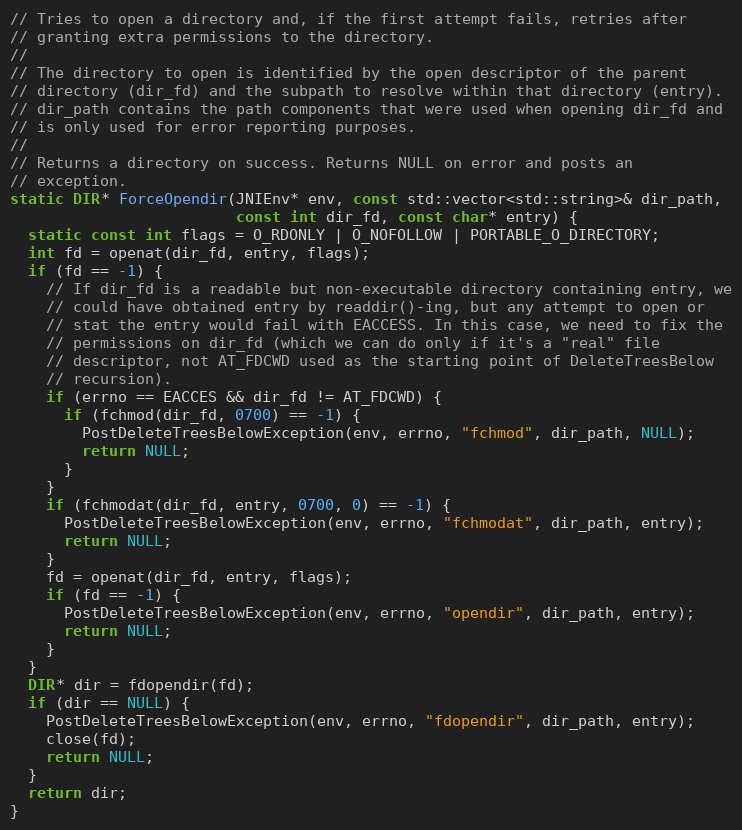
Language: C++
// Tries to open a directory and, if the first attempt fails, retries after
// granting extra permissions to the directory.
//
// The directory to open is identified by the open descriptor of the parent
// directory (dir_fd) and the subpath to resolve within that directory (entry).
// dir_path contains the path components that were used when opening dir_fd and
// is only used for error reporting purposes.
//
// Returns a directory on success. Returns NULL on error and posts an
// exception.
static DIR* ForceOpendir(JNIEnv* env, const std::vector<std::string>& dir_path,
                         const int dir_fd, const char* entry) {
  static const int flags = O_RDONLY | O_NOFOLLOW | PORTABLE_O_DIRECTORY;
  int fd = openat(dir_fd, entry, flags);
  if (fd == -1) {
    // If dir_fd is a readable but non-executable directory containing entry, we
    // could have obtained entry by readdir()-ing, but any attempt to open or
    // stat the entry would fail with EACCESS. In this case, we need to fix the
    // permissions on dir_fd (which we can do only if it's a "real" file
    // descriptor, not AT_FDCWD used as the starting point of DeleteTreesBelow
    // recursion).
    if (errno == EACCES && dir_fd != AT_FDCWD) {
      if (fchmod(dir_fd, 0700) == -1) {
        PostDeleteTreesBelowException(env, errno, "fchmod", dir_path, NULL);
        return NULL;
      }
    }
    if (fchmodat(dir_fd, entry, 0700, 0) == -1) {
      PostDeleteTreesBelowException(env, errno, "fchmodat", dir_path, entry);
      return NULL;
    }
    fd = openat(dir_fd, entry, flags);
    if (fd == -1) {
      PostDeleteTreesBelowException(env, errno, "opendir", dir_path, entry);
      return NULL;
    }
  }
  DIR* dir = fdopendir(fd);
  if (dir == NULL) {
    PostDeleteTreesBelowException(env, errno, "fdopendir", dir_path, entry);
    close(fd);
    return NULL;
  }
  return dir;
}